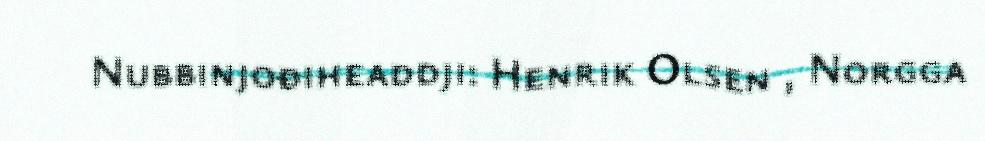
Nubbinjođiheaddji: Henrik Olsen , Norgga